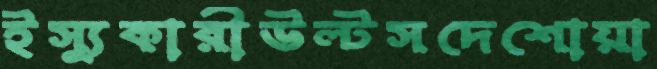
ইস্যুকারীউল্‌টসদেশোয়া